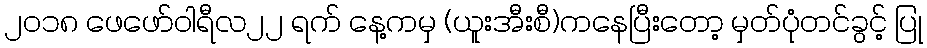
၂၀၁၈ ဖေဖော်ဝါရီလ၂၂ ရက် နေ့ကမှ (ယူးအီးစီ)ကနေပြီးတော့ မှတ်ပုံတင်ခွင့် ပြု